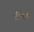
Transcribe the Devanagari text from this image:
अप्लिफ्ट